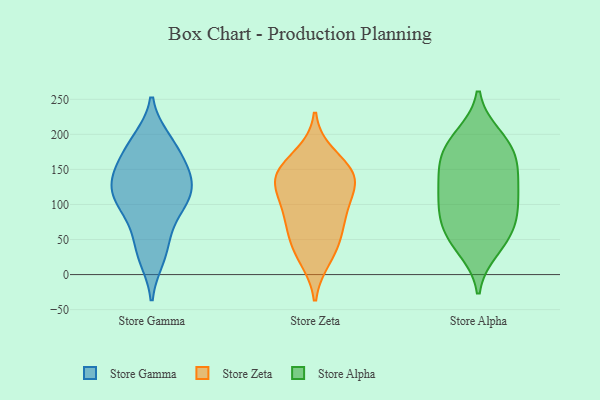
{"axis": {"x": "Net Income (USD K)", "y": "Value"}, "legend": ["Store Alpha", "Store Gamma", "Store Zeta"], "data": [{"x": "", "y": 183, "type": "Store Gamma"}, {"x": "", "y": 140, "type": "Store Gamma"}, {"x": "", "y": 192, "type": "Store Gamma"}, {"x": "", "y": 113, "type": "Store Gamma"}, {"x": "", "y": 47, "type": "Store Gamma"}, {"x": "", "y": 141, "type": "Store Gamma"}, {"x": "", "y": 24, "type": "Store Gamma"}, {"x": "", "y": 157, "type": "Store Gamma"}, {"x": "", "y": 117, "type": "Store Gamma"}, {"x": "", "y": 86, "type": "Store Gamma"}, {"x": "", "y": 104, "type": "Store Gamma"}, {"x": "", "y": 147, "type": "Store Zeta"}, {"x": "", "y": 82, "type": "Store Zeta"}, {"x": "", "y": 84, "type": "Store Zeta"}, {"x": "", "y": 24, "type": "Store Zeta"}, {"x": "", "y": 137, "type": "Store Zeta"}, {"x": "", "y": 132, "type": "Store Zeta"}, {"x": "", "y": 99, "type": "Store Zeta"}, {"x": "", "y": 134, "type": "Store Zeta"}, {"x": "", "y": 38, "type": "Store Zeta"}, {"x": "", "y": 170, "type": "Store Zeta"}, {"x": "", "y": 141, "type": "Store Zeta"}, {"x": "", "y": 54, "type": "Store Zeta"}, {"x": "", "y": 191, "type": "Store Alpha"}, {"x": "", "y": 137, "type": "Store Alpha"}, {"x": "", "y": 79, "type": "Store Alpha"}, {"x": "", "y": 180, "type": "Store Alpha"}, {"x": "", "y": 197, "type": "Store Alpha"}, {"x": "", "y": 74, "type": "Store Alpha"}, {"x": "", "y": 51, "type": "Store Alpha"}, {"x": "", "y": 50, "type": "Store Alpha"}, {"x": "", "y": 174, "type": "Store Alpha"}, {"x": "", "y": 150, "type": "Store Alpha"}, {"x": "", "y": 37, "type": "Store Alpha"}, {"x": "", "y": 156, "type": "Store Alpha"}, {"x": "", "y": 102, "type": "Store Alpha"}, {"x": "", "y": 91, "type": "Store Alpha"}, {"x": "", "y": 124, "type": "Store Alpha"}, {"x": "", "y": 114, "type": "Store Alpha"}]}